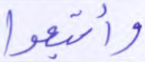
وأتبعوا